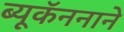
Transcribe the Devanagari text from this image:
ब्यूकॅननाने